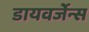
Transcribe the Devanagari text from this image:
डायवर्जेन्स